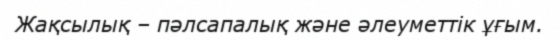
Жақсылық – пәлсапалық және әлеуметтік ұғым.